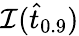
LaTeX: \mathcal{I}(\hat{t}_{0.9})